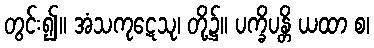
တွင်း၍။ အံသကုဋေသု၊ တို့၌။ ပက္ခိပန္တိ ယထာ စ၊